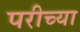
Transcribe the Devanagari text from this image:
परीच्या